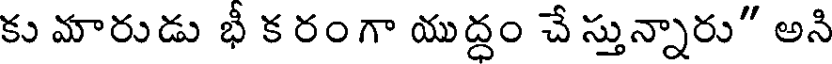
కు మారుడు భీ క రంగా యుద్ధం చే స్తున్నారు" అని